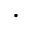
\cdot